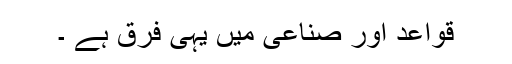
قواعد اور صناعی میں یہی فرق ہے ۔